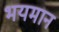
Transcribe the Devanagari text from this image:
भयमान